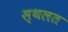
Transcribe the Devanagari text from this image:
स्थलत